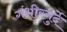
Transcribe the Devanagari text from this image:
गंभीरगुर्दे